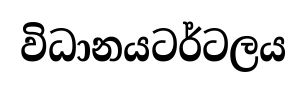
විධානයටර්ටලය